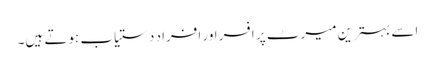
اسے بہترین میرٹ پر افسر اور افراد دستیاب ہوتے ہیں۔